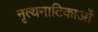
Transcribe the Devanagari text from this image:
नृत्यनाटिकाओं